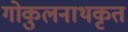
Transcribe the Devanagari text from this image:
गोकुलनाथकृत